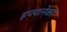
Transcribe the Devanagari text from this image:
हप्त्यानेका